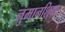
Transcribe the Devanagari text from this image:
नुमानशिया